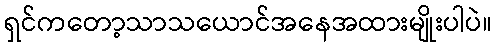
ရှင်ကတော့သာသယောင်အနေအထားမျိုးပါပဲ။